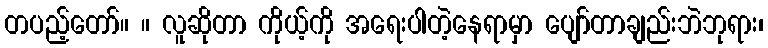
တပည့်တော်။ ။ လူဆိုတာ ကိုယ့်ကို အရေးပါတဲ့နေရာမှာ ပျော်တာချည်းဘဲဘုရား၊